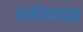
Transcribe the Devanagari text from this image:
रसोत्पादन